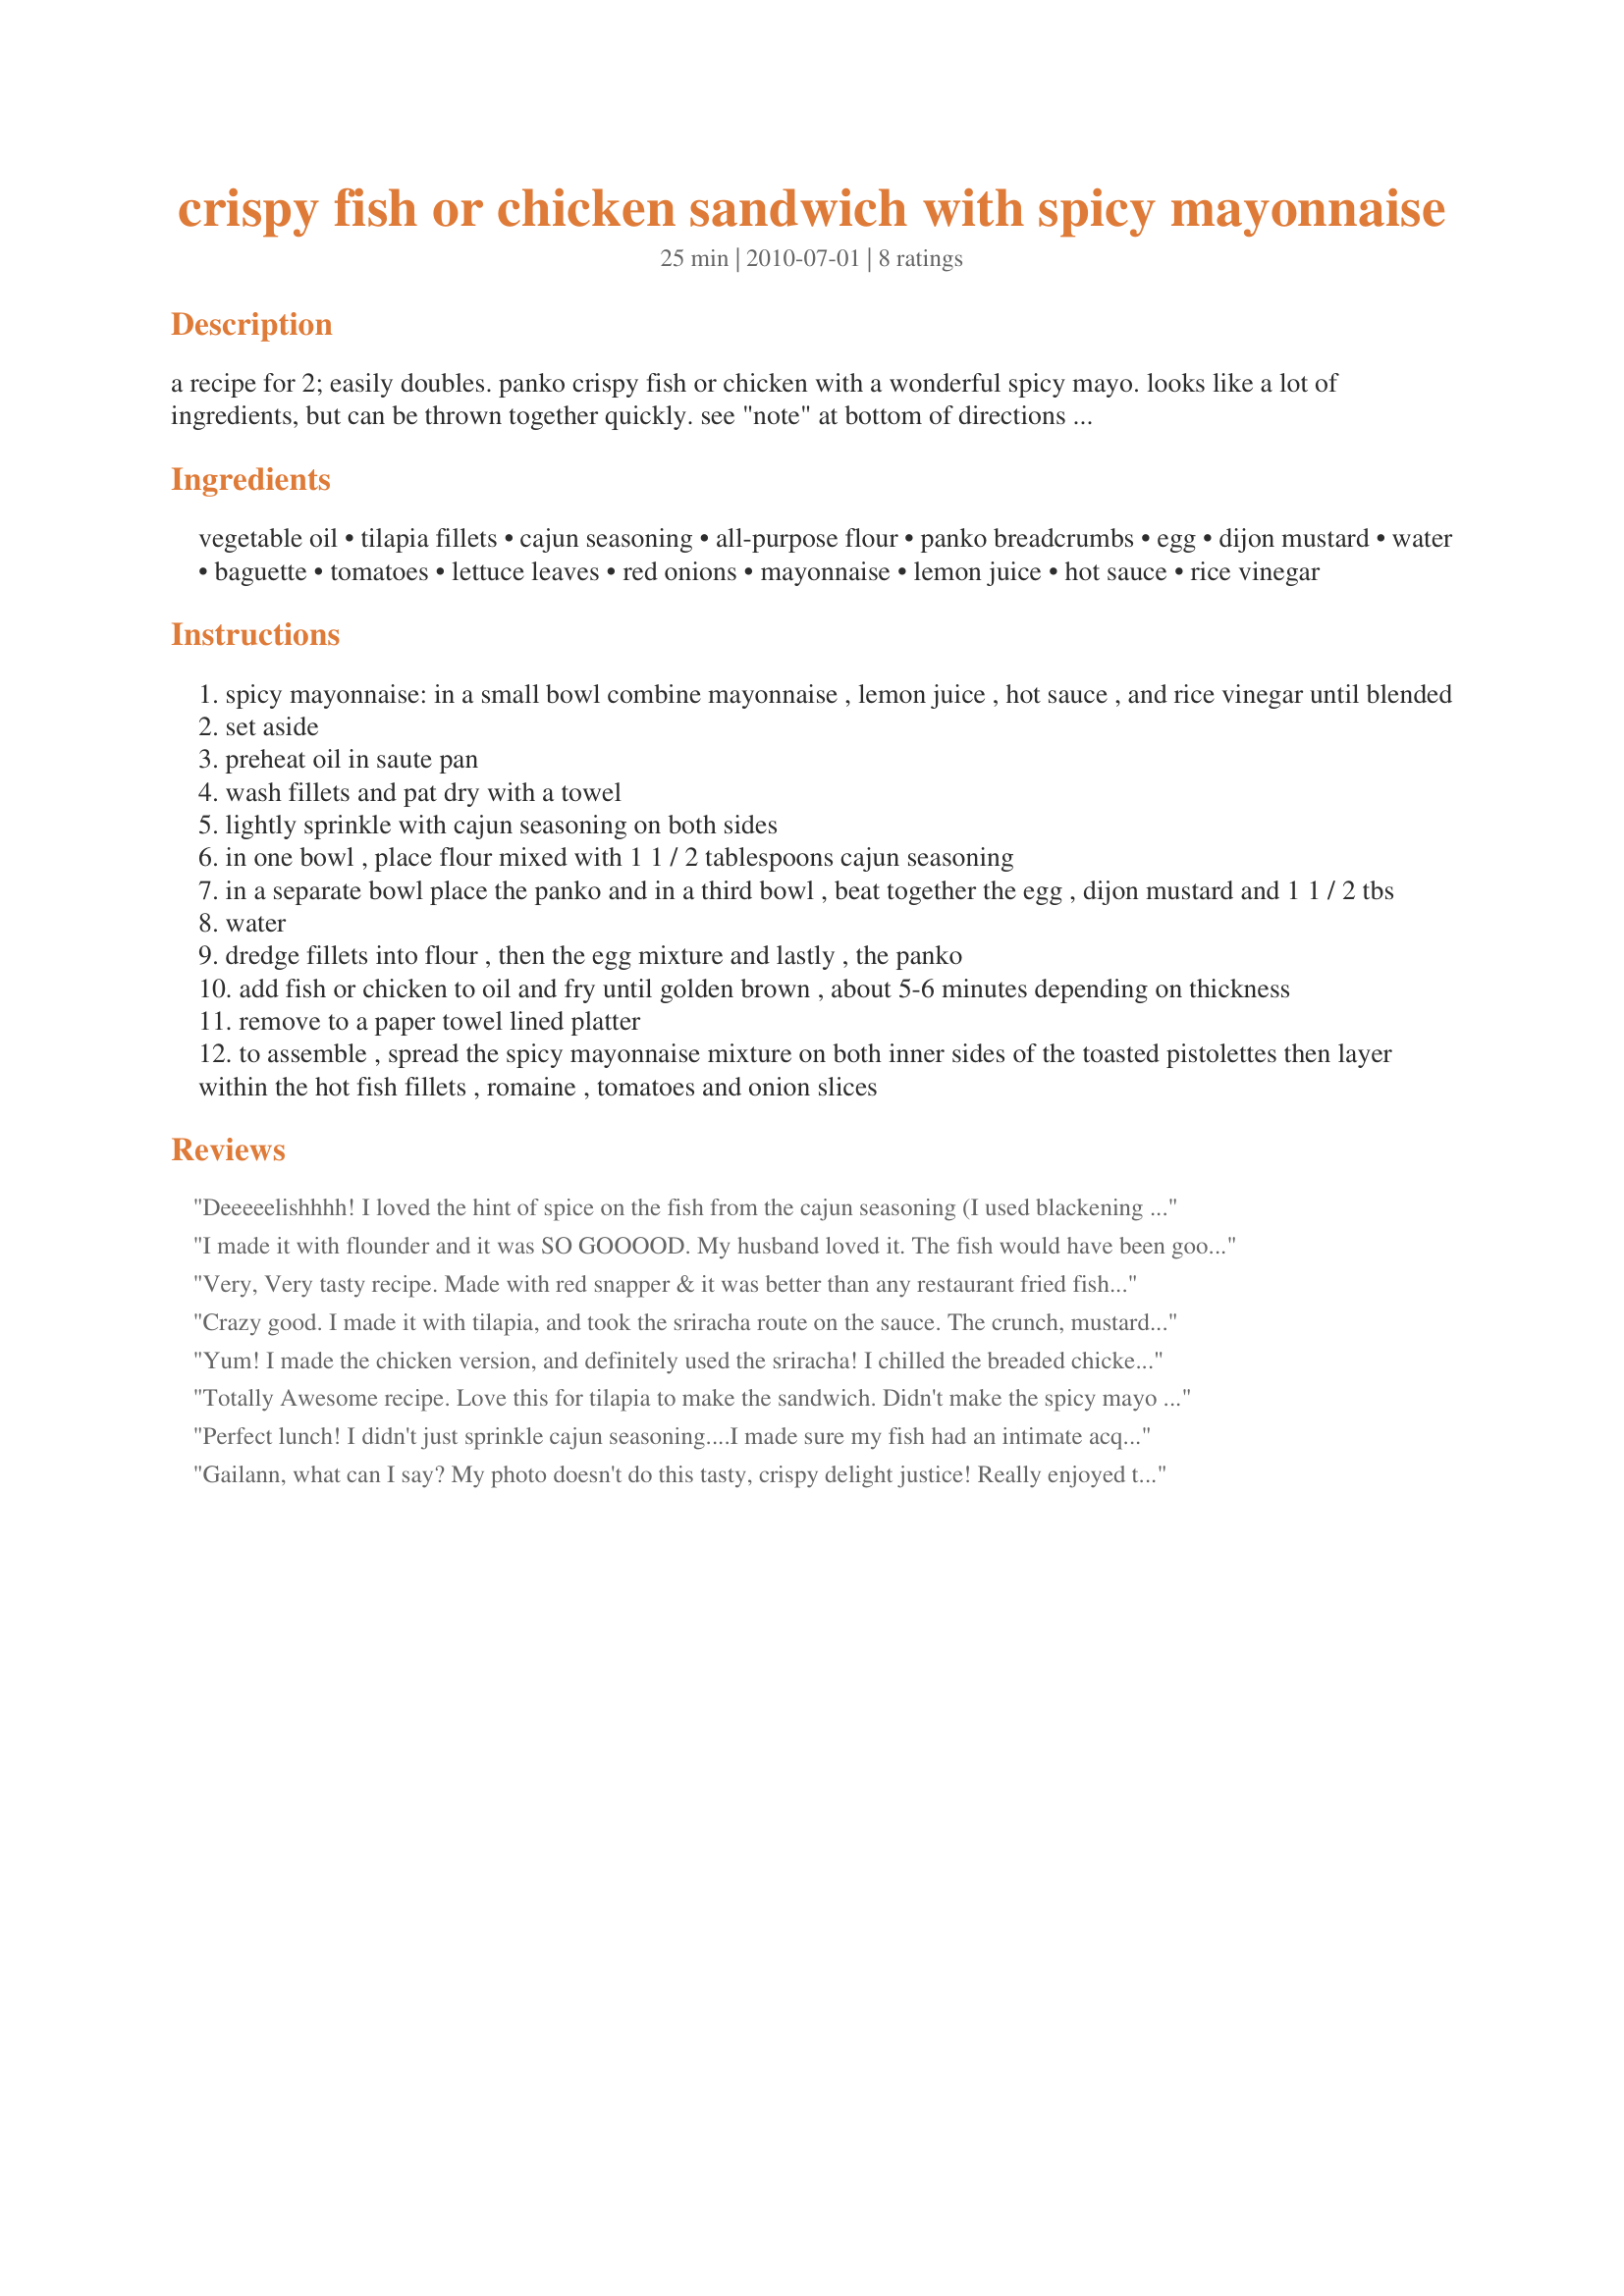
crispy fish or chicken sandwich with spicy mayonnaise
Preparation time: 25 minutes

a recipe for 2; easily doubles. panko crispy fish or chicken with a wonderful spicy mayo. looks like a lot of ingredients, but can be thrown together quickly. see "note" at bottom of directions for the chicken version.

Ingredients:
vegetable oil, tilapia fillets, cajun seasoning, all-purpose flour, panko breadcrumbs, egg, dijon mustard, water, baguette, tomatoes, lettuce leaves, red onions, mayonnaise, lemon juice, hot sauce, rice vinegar

Steps:
spicy mayonnaise: in a small bowl combine mayonnaise , lemon juice , hot sauce , and rice vinegar until blended
set aside
preheat oil in saute pan
wash fillets and pat dry with a towel
lightly sprinkle with cajun seasoning on both sides
in one bowl , place flour mixed with 1 1 / 2 tablespoons cajun seasoning
in a separate bowl place the panko and in a third bowl , beat together the egg , dijon mustard and 1 1 / 2 tbs
water
dredge fillets into flour , then the egg mixture and lastly , the panko
add fish or chicken to oil and fry until golden brown , about 5-6 minutes depending on thickness
remove to a paper towel lined platter
to assemble , spread the spicy mayonnaise mixture on both inner sides of the toasted pistolettes then layer within the hot fish fillets , romaine , tomatoes and onion slices

Reviews:
Deeeeelishhhh! I loved the hint of spice on the fish from the cajun seasoning (I used blackening seasoning) and the crispiness of the fish. I lightly toasted whole wheat buns which seemed to stand up to the fried fish, spicy mayo, tomatoes, red onions and lettuce very well. I used Vegenaise in place of the mayo and ended up adding more, probably about 4 T total. I used Frank's hot sauce this time and will try it with sriracha next. Thanks!
I made it with flounder and it was SO GOOOOD. My husband loved it. The fish would have been good by itself, without the bread. Very crispy and just enough spice. Will make again and again!
Very, Very tasty recipe. Made with red snapper & it was better than any restaurant fried fish I ever had. Thank you for posting!
Crazy good. I made it with tilapia, and took the sriracha route on the sauce. The crunch, mustard, lemon, and spice all shone through. I squeezed two filets onto a large toasted sesame kaiser roll and entered fish sandwich bliss.
Yum! I made the chicken version, and definitely used the sriracha! I chilled the breaded chicken for about 20 minutes before frying. If any spice wimps want to try this, I recommend increasing the amount of mayo to the other ingredients, but don't leave the sriracha out! It really adds a lot of flavor, not just heat. Thanks for posting!
Totally Awesome recipe. Love this for tilapia to make the sandwich. Didn't make the spicy mayo as I had already made tartar sauce but will next time. Think this will be great with chicken also. Used thin sandwich buns Recipe #458394 WOW! My go to recipe from now on.
Perfect lunch! I didn't just sprinkle cajun seasoning....I made sure my fish had an intimate acquaintice with the spice. Wonderful fish sandwich. Loved the spicy mayo! I used sriracha hot sauce, and real mayo. I did have a bit much and have saved it for future enjoyment. Left out the tomato....after slicing a winter tomato from the store....it looked mushy and yucky....just wouldn't do the sandwich justice. Totally enjoyed with the fish, sauce, lettuce and onion. bun!
Gailann, what can I say? My photo doesn't do this tasty, crispy delight justice! Really enjoyed the layering of flavors. I used a nice crusty french baguette, lightly toasted, and a chicken breast, which instead of pounding, I sliced in half and it was just right! And the spicy mayo - yum!!! I used the sriracha :-) Thanks so much for sharing this recipe; it goes in the 'keeper' file!
